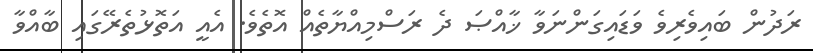
ރަދުން ބައިވެރިވެ ވަޑައިގަންނަވާ ޚާއްޞަ ދެ ރަސްމިއްޔާތެއް އޮތެވެ. އެއީ އަތޮޅުތެރޭގައި ބާއްވާ